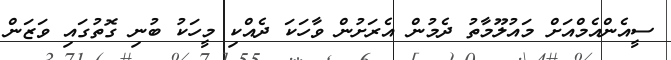
ސީއެންއެމްއަށް މައުލޫމާތު ދެމުން އެރަށުން ވާހަކަ ދެއްކި މީހަކު ބުނި ގޮތުގައި ވަޒަން